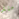
منذ